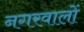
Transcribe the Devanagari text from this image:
नगरवालों